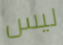
ليس